Subject: math
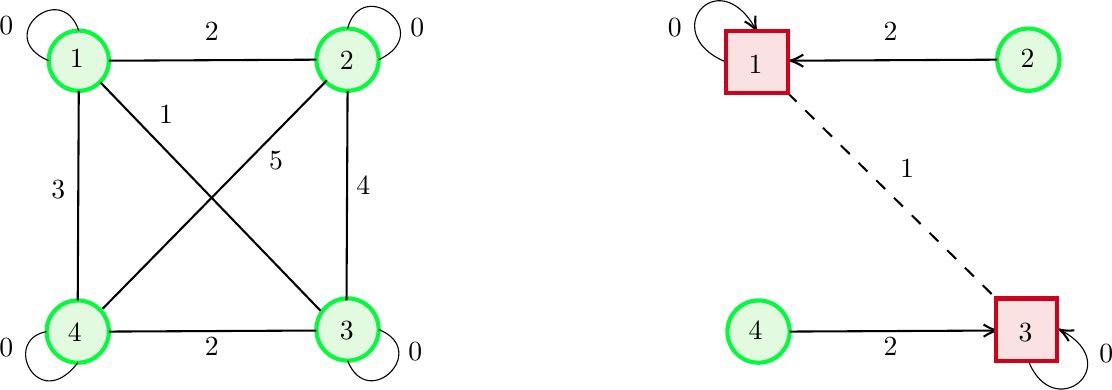
LaTeX code:
\begin{tikzpicture}[x=0.75pt,y=0.75pt,yscale=-1,xscale=1]
\draw  [color={rgb, 255:red, 4; green, 250; blue, 61 }  ,draw opacity=1 ][fill={rgb, 255:red, 226; green, 250; blue, 224 }  ,fill opacity=1 ][line width=1.5]  (85,74.5) .. controls (85,66.49) and (91.49,60) .. (99.5,60) .. controls (107.51,60) and (114,66.49) .. (114,74.5) .. controls (114,82.51) and (107.51,89) .. (99.5,89) .. controls (91.49,89) and (85,82.51) .. (85,74.5) -- cycle ;
\draw  [color={rgb, 255:red, 4; green, 250; blue, 61 }  ,draw opacity=1 ][fill={rgb, 255:red, 226; green, 250; blue, 224 }  ,fill opacity=1 ][line width=1.5]  (214,204) .. controls (214,195.72) and (220.72,189) .. (229,189) .. controls (237.28,189) and (244,195.72) .. (244,204) .. controls (244,212.28) and (237.28,219) .. (229,219) .. controls (220.72,219) and (214,212.28) .. (214,204) -- cycle ;
\draw  [color={rgb, 255:red, 4; green, 250; blue, 61 }  ,draw opacity=1 ][fill={rgb, 255:red, 226; green, 250; blue, 224 }  ,fill opacity=1 ][line width=1.5]  (214,74) .. controls (214,65.72) and (220.72,59) .. (229,59) .. controls (237.28,59) and (244,65.72) .. (244,74) .. controls (244,82.28) and (237.28,89) .. (229,89) .. controls (220.72,89) and (214,82.28) .. (214,74) -- cycle ;
\draw  [color={rgb, 255:red, 4; green, 250; blue, 61 }  ,draw opacity=1 ][fill={rgb, 255:red, 226; green, 250; blue, 224 }  ,fill opacity=1 ][line width=1.5]  (84,205) .. controls (84,196.72) and (90.72,190) .. (99,190) .. controls (107.28,190) and (114,196.72) .. (114,205) .. controls (114,213.28) and (107.28,220) .. (99,220) .. controls (90.72,220) and (84,213.28) .. (84,205) -- cycle ;
\draw [line width=0.75]    (114,74.5) -- (214,74) ;
\draw [line width=0.75]    (114,205) -- (214,204.5) ;
\draw [line width=0.75]    (99.5,89) -- (99,190) ;
\draw [line width=0.75]    (229,89) -- (228.5,190) ;
\draw [line width=0.75]    (110,85) -- (216,195) ;
\draw [line width=0.75]    (111,194) -- (219,84) ;
\draw  [color={rgb, 255:red, 4; green, 250; blue, 61 }  ,draw opacity=1 ][fill={rgb, 255:red, 226; green, 250; blue, 224 }  ,fill opacity=1 ][line width=1.5]  (542,74) .. controls (542,65.72) and (548.72,59) .. (557,59) .. controls (565.28,59) and (572,65.72) .. (572,74) .. controls (572,82.28) and (565.28,89) .. (557,89) .. controls (548.72,89) and (542,82.28) .. (542,74) -- cycle ;
\draw  [color={rgb, 255:red, 4; green, 250; blue, 61 }  ,draw opacity=1 ][fill={rgb, 255:red, 226; green, 250; blue, 224 }  ,fill opacity=1 ][line width=1.5]  (412,205) .. controls (412,196.72) and (418.72,190) .. (427,190) .. controls (435.28,190) and (442,196.72) .. (442,205) .. controls (442,213.28) and (435.28,220) .. (427,220) .. controls (418.72,220) and (412,213.28) .. (412,205) -- cycle ;
\draw [line width=0.75]    (444,74.49) -- (542,74) ;
\draw [shift={(442,74.5)}, rotate = 359.71] [color={rgb, 255:red, 0; green, 0; blue, 0 }  ][line width=0.75]    (6.56,-2.94) .. controls (4.17,-1.38) and (1.99,-0.4) .. (0,0) .. controls (1.99,0.4) and (4.17,1.38) .. (6.56,2.94)   ;
\draw [line width=0.75]    (442,205) -- (540,204.51) ;
\draw [shift={(542,204.5)}, rotate = 179.71] [color={rgb, 255:red, 0; green, 0; blue, 0 }  ][line width=0.75]    (6.56,-2.94) .. controls (4.17,-1.38) and (1.99,-0.4) .. (0,0) .. controls (1.99,0.4) and (4.17,1.38) .. (6.56,2.94)   ;
\draw [line width=0.75]  [dash pattern={on 4.5pt off 4.5pt}]  (441,90) -- (541.5,189.06) ;
\draw    (85,74.5) .. controls (58,63) and (91,35) .. (99.5,60) ;
\draw    (411,75) .. controls (378.5,61.21) and (407.11,27.05) .. (425.18,58.52) ;
\draw [shift={(426,60)}, rotate = 242.1] [color={rgb, 255:red, 0; green, 0; blue, 0 }  ][line width=0.75]    (6.56,-2.94) .. controls (4.17,-1.38) and (1.99,-0.4) .. (0,0) .. controls (1.99,0.4) and (4.17,1.38) .. (6.56,2.94)   ;
\draw    (229,59) .. controls (236,33) and (272,61) .. (244,74) ;
\draw    (99,220) .. controls (80,245) and (62,209) .. (84,205) ;
\draw    (244,204) .. controls (269,214) and (239,244) .. (229,219) ;
\draw    (557,219) .. controls (568.82,249.54) and (603.93,221.86) .. (573.44,204.77) ;
\draw [shift={(572,204)}, rotate = 27.26] [color={rgb, 255:red, 0; green, 0; blue, 0 }  ][line width=0.75]    (6.56,-2.94) .. controls (4.17,-1.38) and (1.99,-0.4) .. (0,0) .. controls (1.99,0.4) and (4.17,1.38) .. (6.56,2.94)   ;
\draw  [color={rgb, 255:red, 208; green, 2; blue, 27 }  ,draw opacity=1 ][fill={rgb, 255:red, 250; green, 226; blue, 226 }  ,fill opacity=1 ][line width=1.5]  (411.5,60.06) -- (441,60.06) -- (441,90) -- (411.5,90) -- cycle ;
\draw  [color={rgb, 255:red, 208; green, 2; blue, 27 }  ,draw opacity=1 ][fill={rgb, 255:red, 250; green, 226; blue, 226 }  ,fill opacity=1 ][line width=1.5]  (541.5,189.06) -- (571,189.06) -- (571,219) -- (541.5,219) -- cycle ;
\draw (94,68) node [anchor=north west][inner sep=0.75pt]   [align=left] {{\fontfamily{helvet}\selectfont 1}};
\draw (93,200) node [anchor=north west][inner sep=0.75pt]   [align=left] {{\fontfamily{helvet}\selectfont 4}};
\draw (224,69) node [anchor=north west][inner sep=0.75pt]   [align=left] {{\fontfamily{helvet}\selectfont 2}};
\draw (224,199) node [anchor=north west][inner sep=0.75pt]   [align=left] {{\fontfamily{helvet}\selectfont 3}};
\draw (159,55) node [anchor=north west][inner sep=0.75pt]   [align=left] {{\fontfamily{helvet}\selectfont 2}};
\draw (137,95) node [anchor=north west][inner sep=0.75pt]   [align=left] {{\fontfamily{helvet}\selectfont 1}};
\draw (190,117) node [anchor=north west][inner sep=0.75pt]   [align=left] {{\fontfamily{helvet}\selectfont 5}};
\draw (85,131) node [anchor=north west][inner sep=0.75pt]   [align=left] {{\fontfamily{helvet}\selectfont 3}};
\draw (159,206.75) node [anchor=north west][inner sep=0.75pt]   [align=left] {{\fontfamily{helvet}\selectfont 2}};
\draw (232,129) node [anchor=north west][inner sep=0.75pt]   [align=left] {{\fontfamily{helvet}\selectfont 4}};
\draw (421,71) node [anchor=north west][inner sep=0.75pt]   [align=left] {{\fontfamily{helvet}\selectfont 1}};
\draw (421,199) node [anchor=north west][inner sep=0.75pt]   [align=left] {{\fontfamily{helvet}\selectfont 4}};
\draw (552,68) node [anchor=north west][inner sep=0.75pt]   [align=left] {{\fontfamily{helvet}\selectfont 2}};
\draw (551,200.09) node [anchor=north west][inner sep=0.75pt]   [align=left] {{\fontfamily{helvet}\selectfont 3}};
\draw (486,55) node [anchor=north west][inner sep=0.75pt]   [align=left] {{\fontfamily{helvet}\selectfont 2}};
\draw (494,121) node [anchor=north west][inner sep=0.75pt]   [align=left] {{\fontfamily{helvet}\selectfont 1}};
\draw (486,206.75) node [anchor=north west][inner sep=0.75pt]   [align=left] {{\fontfamily{helvet}\selectfont 2}};
\draw (60,52) node [anchor=north west][inner sep=0.75pt]   [align=left] {{\fontfamily{helvet}\selectfont 0}};
\draw (60,207) node [anchor=north west][inner sep=0.75pt]   [align=left] {{\fontfamily{helvet}\selectfont 0}};
\draw (258,53) node [anchor=north west][inner sep=0.75pt]   [align=left] {{\fontfamily{helvet}\selectfont 0}};
\draw (257,209) node [anchor=north west][inner sep=0.75pt]   [align=left] {{\fontfamily{helvet}\selectfont 0}};
\draw (382,53) node [anchor=north west][inner sep=0.75pt]   [align=left] {{\fontfamily{helvet}\selectfont 0}};
\draw (590,210) node [anchor=north west][inner sep=0.75pt]   [align=left] {{\fontfamily{helvet}\selectfont 0}};
\end{tikzpicture}